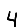
Digit: 4